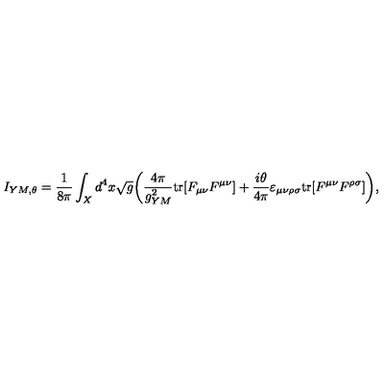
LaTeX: I _ { Y M , \theta } = { \frac { 1 } { 8 \pi } } \int _ { X } d ^ { 4 } x \sqrt { g } \bigg ( { \frac { 4 \pi } { g _ { Y M } ^ { 2 } } } \mathrm { t r } [ F _ { \mu \nu } F ^ { \mu \nu } ] + { \frac { i \theta } { 4 \pi } } \varepsilon _ { \mu \nu \rho \sigma } \mathrm { t r } [ F ^ { \mu \nu } F ^ { \rho \sigma } ] \bigg ) ,